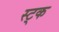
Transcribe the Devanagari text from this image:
स्ट्क